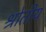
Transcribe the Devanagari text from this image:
श्रोतीय